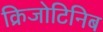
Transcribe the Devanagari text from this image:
क्रिजोटिनिब